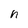
Character: h